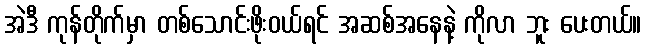
အဲဒီ ကုန်တိုက်မှာ တစ်သောင်းဖိုးဝယ်ရင် အဆစ်အနေနဲ့ ကိုလာ ဘူး ပေးတယ်။